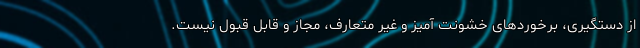
از دستگیری، برخوردهای خشونت آمیز و غیر متعارف، مجاز و قابل قبول نیست.